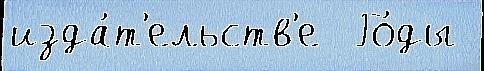
изда́т'ельств'е  Го́ды